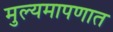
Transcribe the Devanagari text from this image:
मुल्यमापणात